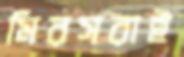
মিরসরাই